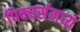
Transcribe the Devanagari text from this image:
पिक्चर्समध्ये